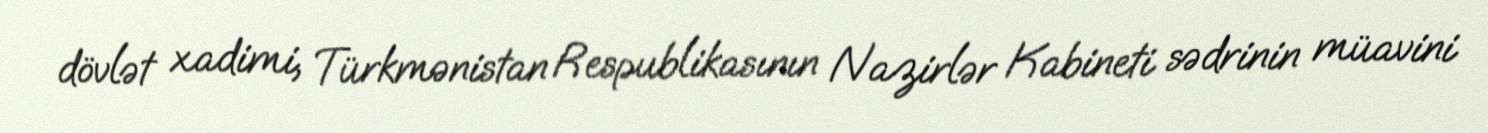
dövlət xadimi, Türkmənistan Respublikasının Nazirlər Kabineti sədrinin müavini